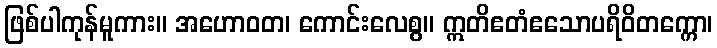
ဖြစ်ပါကုန်မူကား။ အဟောဝတ၊ ကောင်းလေစွ။ ဣတိဧတံဧသောပရိဝိတက္ကော၊